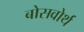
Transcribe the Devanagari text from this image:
बोसवोर्थ